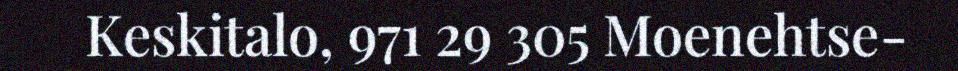
Keskitalo, 971 29 305 Moenehtse-